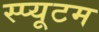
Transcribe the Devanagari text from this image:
स्प्यूटम